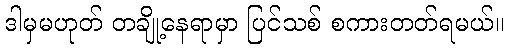
ဒါမှမဟုတ် တချို့နေရာမှာ ပြင်သစ် စကားတတ်ရမယ်။